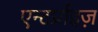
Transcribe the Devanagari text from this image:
एन्टर्प्राइज़